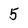
Character: 5